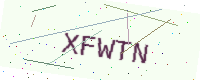
Text: XFWTN